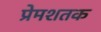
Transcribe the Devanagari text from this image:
प्रेमशतक